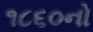
૧૮૬૦નો